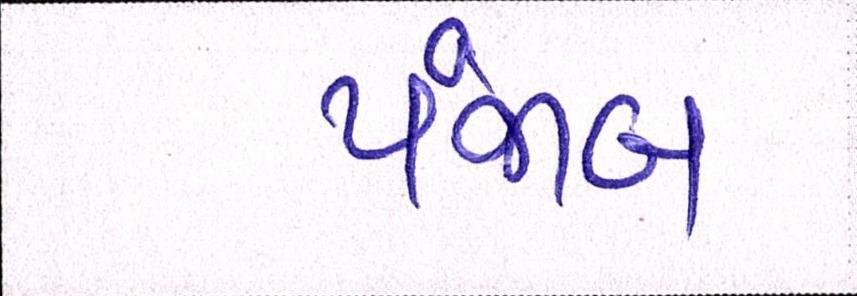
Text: પંજાબ